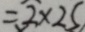
= \widehat { 2 } \times 2 5